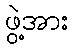
ဖွဲ့အား